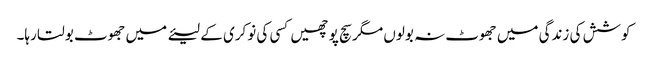
کوشش کی زندگی میں جھوٹ نہ بولوں مگر سچ پوچھیں کسی کی نوکری کے لیئے میں جھوٹ بولتا رہا۔